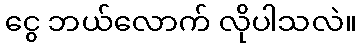
ငွေ ဘယ်လောက် လိုပါသလဲ။